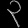
Digit: ၃